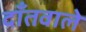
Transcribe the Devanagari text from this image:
दाँतवाले